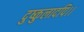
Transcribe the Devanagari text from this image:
दुष्कुलादपि।।